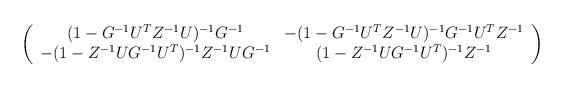
LaTeX: \begin{align*}\left(\begin{array}{cc}(1-G^{-1}U^TZ^{-1}U)^{-1}G^{-1}&-(1-G^{-1}U^TZ^{-1}U)^{-1}G^{-1}U^{T}Z^{-1}\\ -(1- Z^{-1}UG^{-1}U^T)^{-1}Z^{-1}U G^{-1} &(1- Z^{-1}U G^{-1}U^T)^{-1}Z^{-1}\end{array}\right)\end{align*}